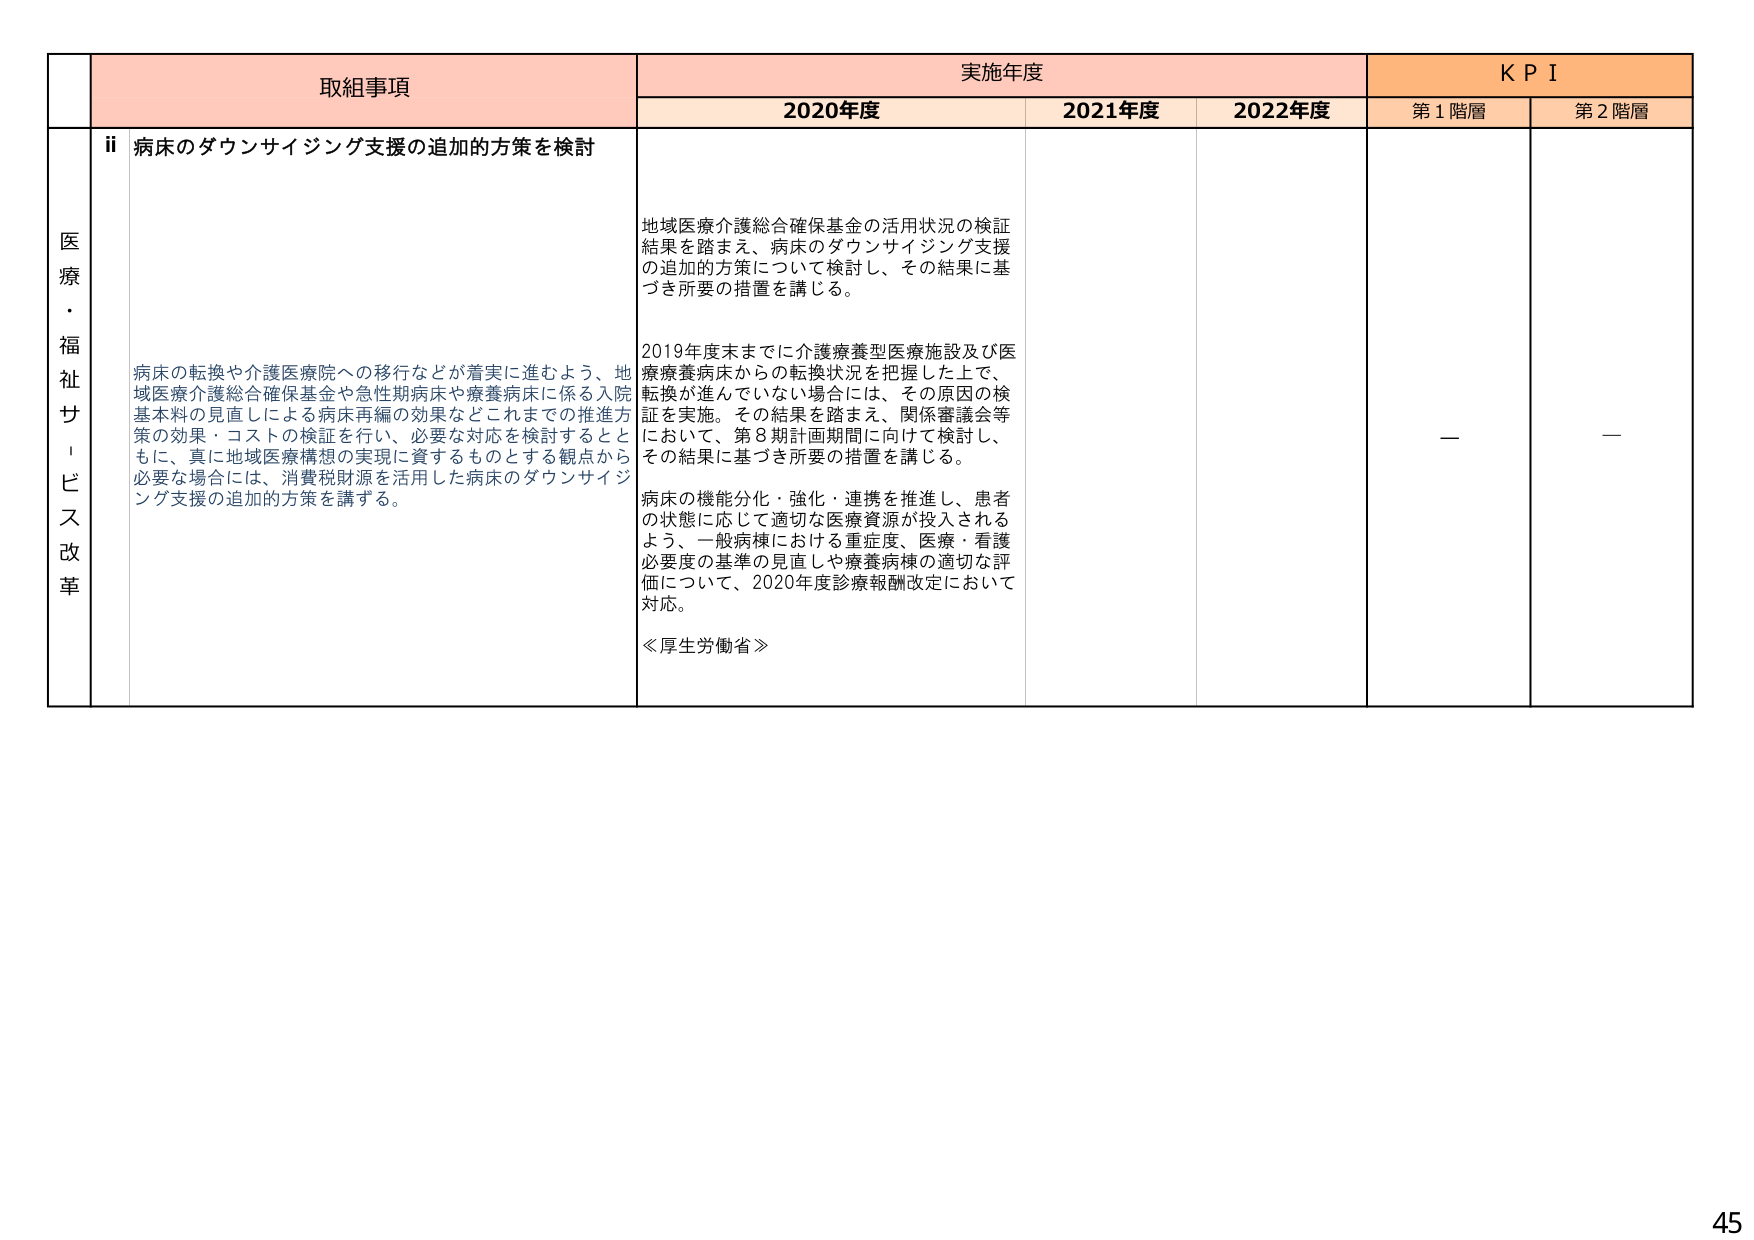
医療・福祉サービス改革

取組事項
ii 病床のダウンサイジング支援の追加の方策を検討

病床の転換や介護医療院への移行などが着実に進むよう、地域医療介護総合確保基金や急性期病床や療養病床に係る入院基本料の見直しによる病床再編の効果などこれまでの推進方策の効果・コストの検証を行い、必要な対応を検討するとともに、真に地域医療構想の実現に資するものとする観点から必要な場合には、消費税財源を活用した病床のダウンサイジング支援の追加の方策を講ずる。

実施年度
2020年度
地域医療介護総合確保基金の活用状況の検証結果を踏まえ、病床のダウンサイジング支援の追加の方策について検討し、その結果に基づき所要の措置を講じる。

2019年度末までに介護療養型医療施設及び医療療養病床からの転換状況を把握した上で、転換が進んでいない場合には、その原因の検証を実施。その結果を踏まえ、関係審議会等において、第8期計画期間に向けて検討し、その結果に基づき所要の措置を講じる。

病床の機能分化・強化・連携を推進し、患者の状態に応じて適切な医療資源が投入されるよう、一般病棟における重症度、医療・看護必要度の基準の見直しや療養病棟の適切な評価について、2020年度診療報酬改定において対応。

≪厚生労働省≫

2021年度
2022年度

KPI
第1階層
ー
第2階層
ー

45